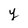
Character: y